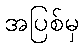
အပြစ်မှ